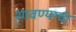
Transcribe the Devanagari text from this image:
रंगवण्याचा